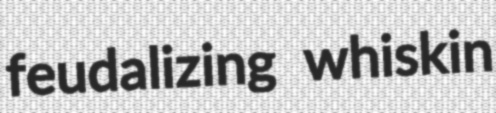
feudalizing whiskin